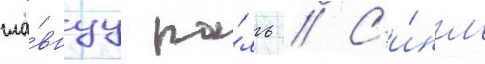
гла́внуу ро́ль // С'и́нгл